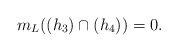
LaTeX: \begin{align*}m_L ((h_3)\cap (h_4))=0.\end{align*}